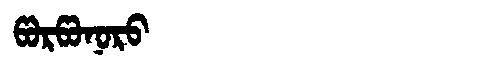
Manchu: ᡦᠣᡵᡦᠣᠨᠣᡵᠣ
Romanization: PORPONORO